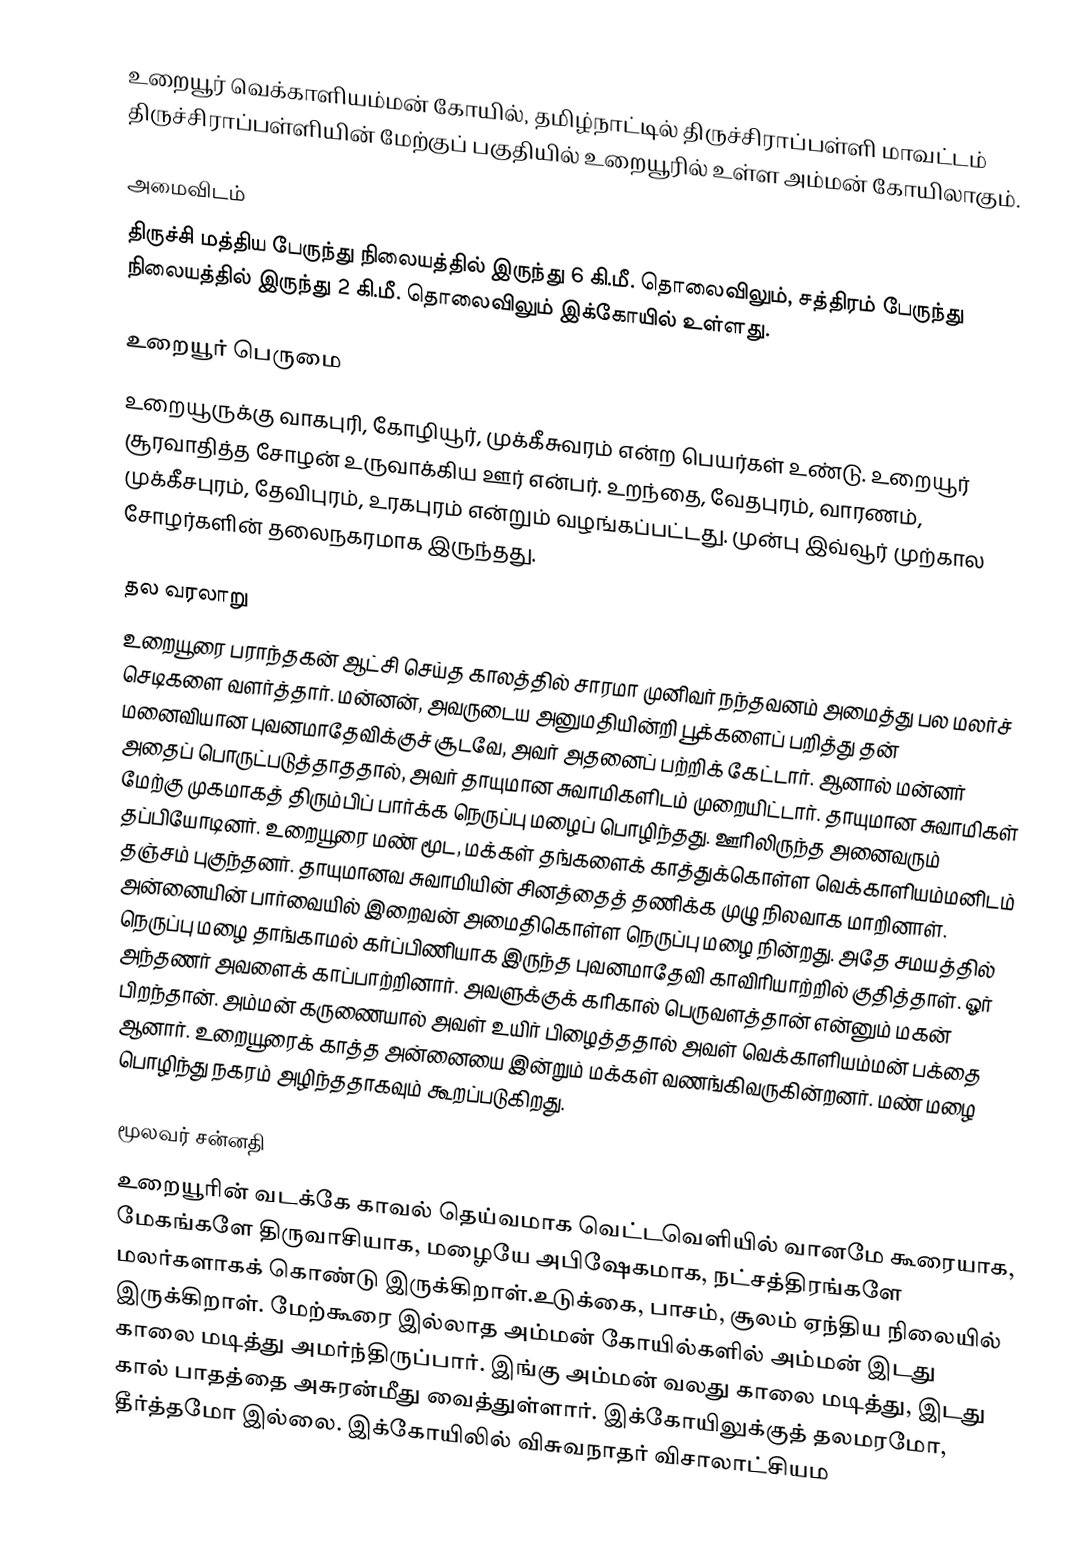
உறையூர் வெக்காளியம்மன் கோயில், தமிழ்நாட்டில் திருச்சிராப்பள்ளி மாவட்டம் திருச்சிராப்பள்ளியின் மேற்குப் பகுதியில் உறையூரில் உள்ள அம்மன் கோயிலாகும்.

அமைவிடம்
திருச்சி மத்திய பேருந்து நிலையத்தில் இருந்து 6 கி.மீ. தொலைவிலும், சத்திரம் பேருந்து நிலையத்தில் இருந்து 2 கி.மீ. தொலைவிலும் இக்கோயில் உள்ளது.

உறையூர் பெருமை
உறையூருக்கு வாகபுரி, கோழியூர், முக்கீசுவரம் என்ற பெயர்கள் உண்டு. உறையூர் சூரவாதித்த சோழன் உருவாக்கிய ஊர் என்பர். உறந்தை, வேதபுரம், வாரணம், முக்கீசபுரம், தேவிபுரம், உரகபுரம் என்றும் வழங்கப்பட்டது. முன்பு இவ்வூர் முற்கால சோழர்களின் தலைநகரமாக  இருந்தது.

தல வரலாறு
உறையூரை பராந்தகன் ஆட்சி செய்த காலத்தில் சாரமா முனிவர் நந்தவனம் அமைத்து பல மலர்ச் செடிகளை வளர்த்தார். மன்னன், அவருடைய அனுமதியின்றி பூக்களைப் பறித்து தன் மனைவியான புவனமாதேவிக்குச் சூடவே, அவர் அதனைப் பற்றிக் கேட்டார். ஆனால் மன்னர் அதைப் பொருட்படுத்தாததால்,  அவர் தாயுமான சுவாமிகளிடம் முறையிட்டார். தாயுமான சுவாமிகள் மேற்கு முகமாகத் திரும்பிப் பார்க்க நெருப்பு மழைப் பொழிந்தது.  ஊரிலிருந்த அனைவரும் தப்பியோடினர். உறையூரை மண் மூட, மக்கள் தங்களைக் காத்துக்கொள்ள வெக்காளியம்மனிடம் தஞ்சம் புகுந்தனர். தாயுமானவ சுவாமியின்  சினத்தைத் தணிக்க முழு நிலவாக மாறினாள். அன்னையின் பார்வையில் இறைவன் அமைதிகொள்ள நெருப்பு மழை நின்றது. அதே சமயத்தில் நெருப்பு மழை தாங்காமல் கர்ப்பிணியாக இருந்த புவனமாதேவி காவிரியாற்றில் குதித்தாள். ஓர் அந்தணர் அவளைக் காப்பாற்றினார். அவளுக்குக் கரிகால் பெருவளத்தான் என்னும் மகன் பிறந்தான். அம்மன் கருணையால் அவள் உயிர் பிழைத்ததால் அவள் வெக்காளியம்மன் பக்தை ஆனார். உறையூரைக் காத்த அன்னையை இன்றும் மக்கள் வணங்கிவருகின்றனர். மண் மழை பொழிந்து நகரம் அழிந்ததாகவும் கூறப்படுகிறது.

மூலவர் சன்னதி
உறையூரின் வடக்கே காவல் தெய்வமாக வெட்டவெளியில் வானமே கூரையாக, மேகங்களே திருவாசியாக, மழையே அபிஷேகமாக, நட்சத்திரங்களே மலர்களாகக் கொண்டு இருக்கிறாள்.உடுக்கை, பாசம், சூலம் ஏந்திய நிலையில் இருக்கிறாள். மேற்கூரை இல்லாத அம்மன் கோயில்களில் அம்மன் இடது காலை மடித்து அமர்ந்திருப்பார். இங்கு அம்மன் வலது காலை மடித்து, இடது கால் பாதத்தை அசுரன்மீது வைத்துள்ளார். இக்கோயிலுக்குத் தலமரமோ, தீர்த்தமோ இல்லை. இக்கோயிலில் விசுவநாதர் விசாலாட்சியம